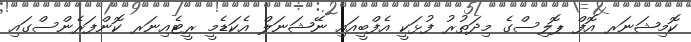
ކޮމިޝަނަރ އޮފް ޕޮލިސްގެ މިދަތުރު ފުޅަކީ އެފްބީއައި ނޭޝަނަލް އެކަޑެމީ ރީޓެއިނަރ ކޮންފަރެންސްގައި